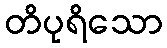
တိပုရိသော